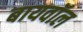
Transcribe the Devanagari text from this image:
बायवॉल